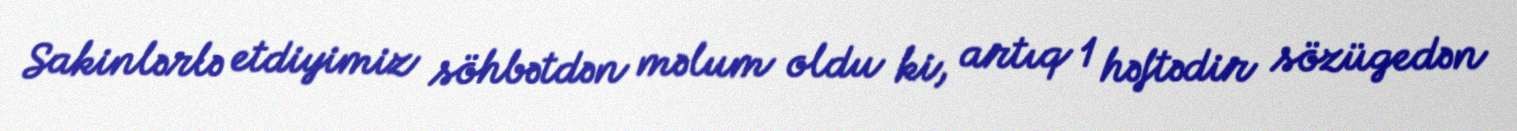
Sakinlərlə etdiyimiz söhbətdən məlum oldu ki, artıq 1 həftədir sözügedən